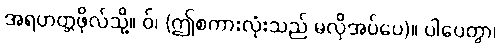
အရဟတ္တဖိုလ်သို့။ ဝ်၊ (ဤစကားလုံးသည် မလိုအပ်ပေ)။ ပါပေတွာ၊